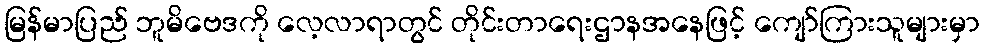
မြန်မာပြည် ဘူမိဗေဒကို လေ့လာရာတွင် တိုင်းတာရေးဌာနအနေဖြင့် ကျော်ကြားသူများမှာ